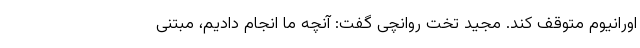
اورانیوم متوقف کند. مجید تخت روانچی گفت: آنچه ما انجام دادیم، مبتنی